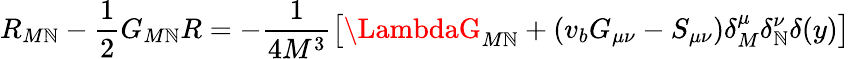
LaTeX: R_{M\mathbb{N}}-\frac{{1}}{{2}}G_{M\mathbb{N}}R=-\frac{{1}}{{4M^{3}}}\left[\LambdaG_{M\mathbb{N}}+(v_{b}G_{\mu\nu}-S_{\mu\nu})\delta_{M}^{\mu}\delta_{\mathbb{N}}^{\nu}\delta(y)\right]